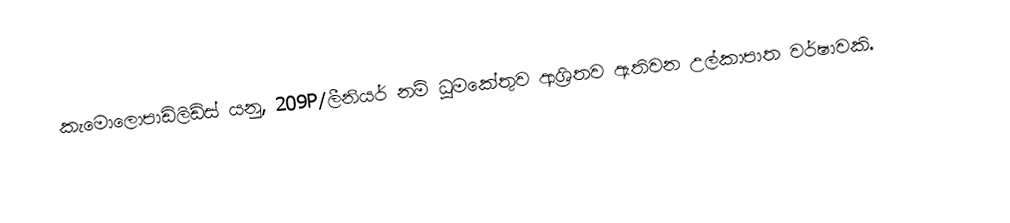
කැමොලොපාඩිලිඩ්ස්  යනු,  209P/ලීනියර් නම් ධූමකේතුව ආශ්‍රිතව ඇතිවන  උල්කාපාත වර්ෂාවකි.